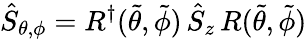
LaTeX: \hat{S}_{\theta,\phi}=R^{\dagger}(\tilde{\theta},\tilde{\phi})\, \hat{S}_{z}\, R(\tilde{\theta},\tilde{\phi})